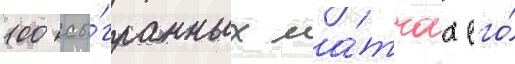
100 сы́гранных ма́тчах его́